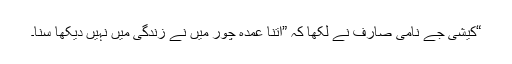
“کیشی جے نامی صارف نے لکھا کہ ”اتنا عمدہ چور میں نے زندگی میں نہیں دیکھا سنا۔